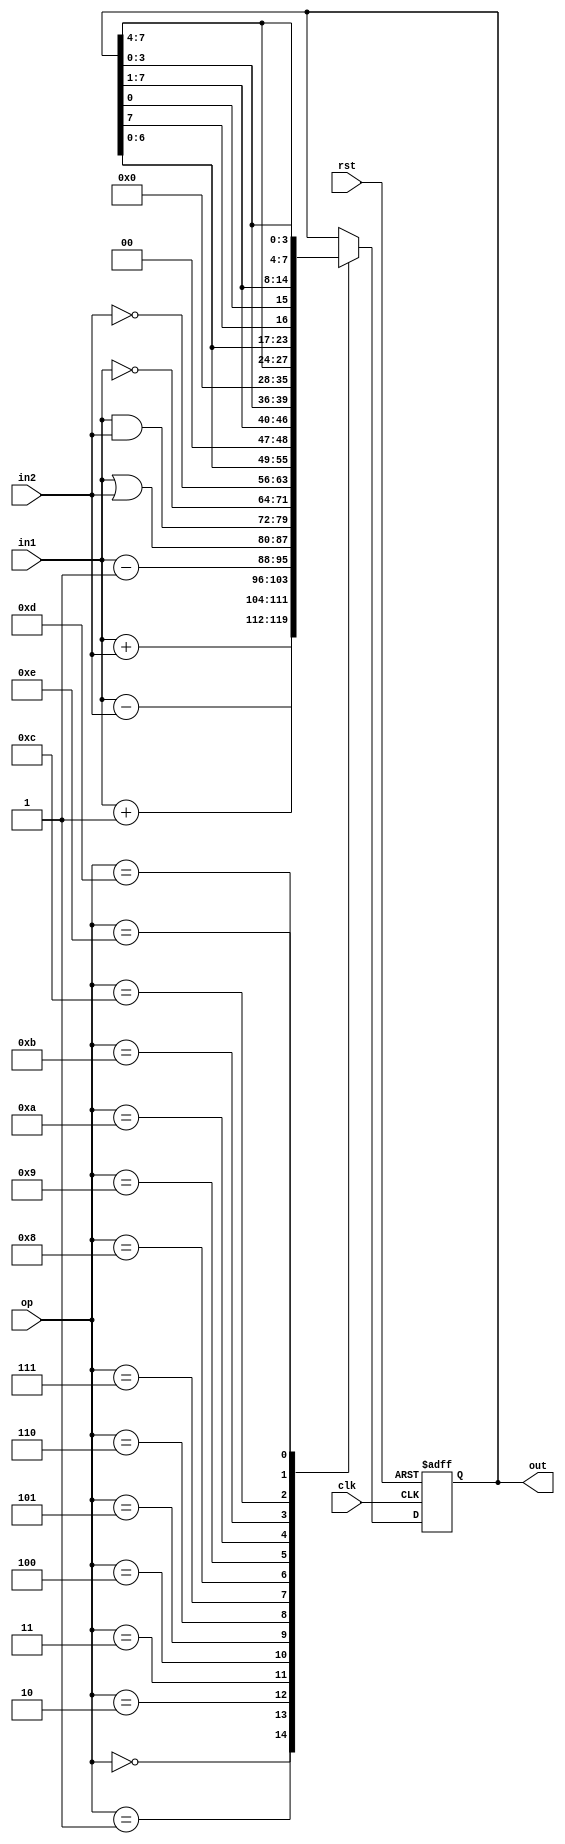
`timescale 1ns / 1ps
//////////////////////////////////////////////////////////////////////////////////
// Company: 
// Engineer: 
// 
// Design Name: 
// Module Name: ALU
// Project Name: 
// Target Devices: 
// Tool Versions: 
// Description: 
// 
// Dependencies: 
// 
// Revision:
// Revision 0.01 - File Created
// Additional Comments:
// 
//////////////////////////////////////////////////////////////////////////////////


module ALU(in1,in2,out,op,rst,clk);
    input [7:0] in1;
    input [7:0] in2;
    input rst;
    input clk;
    input [3:0] op;
    output reg [7:0] out;
    
    
    always @(posedge clk or posedge rst)begin
    if(rst==1)
    out=0;
    else
    case(op)
        0: out=in1+in2;
        1: out=in1-in2;
        2: out=in1+1;
        3: out=in1-1;
        4: out=in1|in2;
        5: out=in1&in2;
        6: out= ~in1;
        7: out= ~in2;
        8: out=out<<1;
        9: out=out>>1;
        10: out=out<<4;
        11: out=out>>4;
        12: out= {out[6:0],out[7]};
        13: out= {out[0],out[7:1]};
        14: out= {out[3:0],out[7:4]};
        
    endcase
    end
endmodule